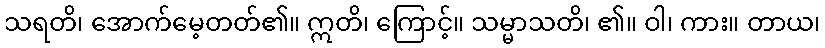
သရတိ၊ အောက်မေ့တတ်၏။ ဣတိ၊ ကြောင့်။ သမ္မာသတိ၊ ၏။ ဝါ၊ ကား။ တာယ၊